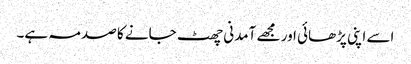
اسے اپنی پڑھائی اور مجھے آمدنی چھٹ جانے کا صدمہ ہے۔